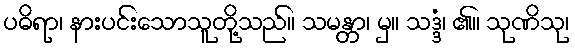
ပဓိရာ၊ နားပင်းသောသူတို့သည်။ သမန္တာ၊ မှ။ သဒ္ဒံ၊ ၏။ သုဏိသု၊